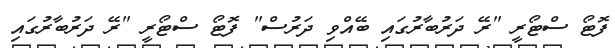
ފޮޓޯ ސްޓޯރީ "ރޭ ދަރުބާރުގައި ބޭއްވި ދަރުސް" ފޮޓޯ ސްޓޯރީ "ރޭ ދަރުބާރުގައި